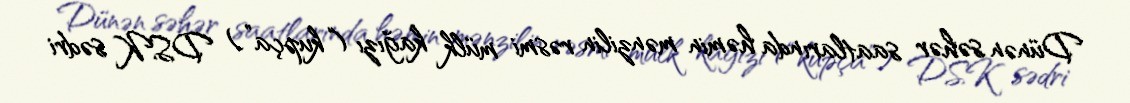
Dünən səhər saatlarında həmin mənzilin rəsmi mülk kağızı (“kupça”) DSK sədri